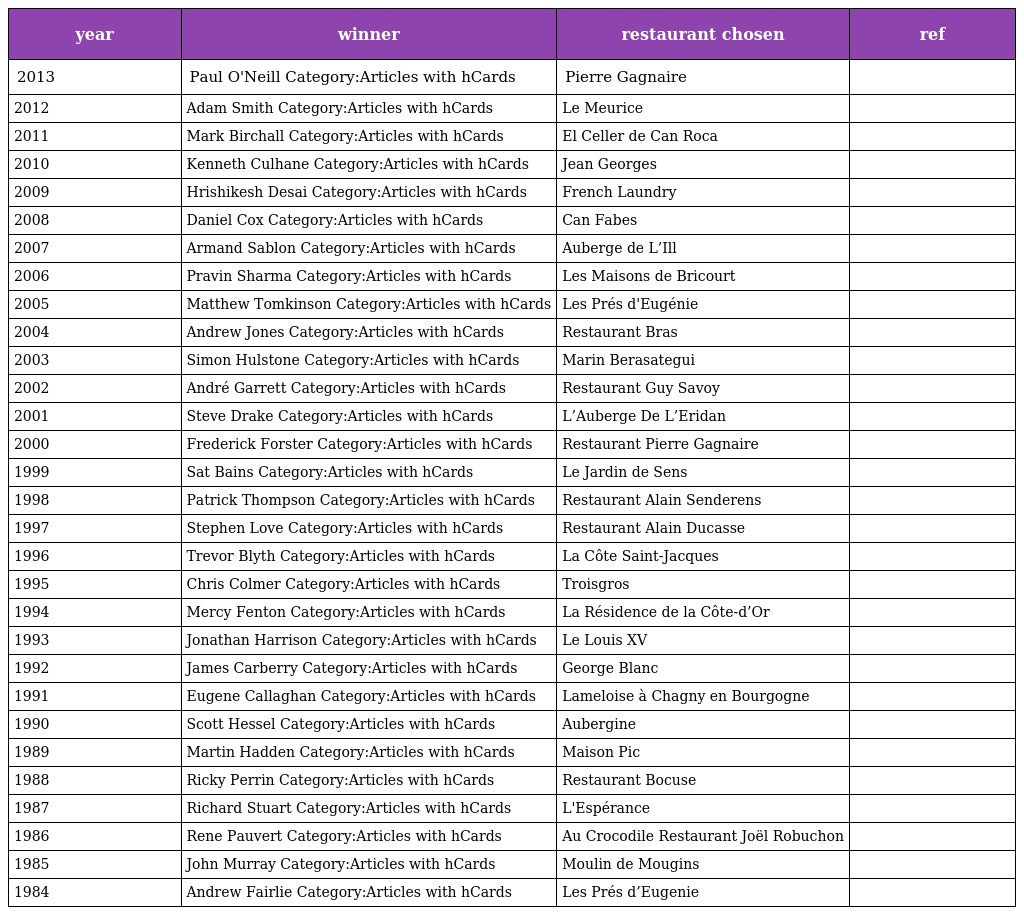
| year | winner | restaurant chosen | ref |
 | --- | --- | --- | --- |
 | 2013 | Paul O'Neill Category:Articles with hCards | Pierre Gagnaire |  |
 | 2012 | Adam Smith Category:Articles with hCards | Le Meurice |  |
 | 2011 | Mark Birchall Category:Articles with hCards | El Celler de Can Roca |  |
 | 2010 | Kenneth Culhane Category:Articles with hCards | Jean Georges |  |
 | 2009 | Hrishikesh Desai Category:Articles with hCards | French Laundry |  |
 | 2008 | Daniel Cox Category:Articles with hCards | Can Fabes |  |
 | 2007 | Armand Sablon Category:Articles with hCards | Auberge de L’Ill |  |
 | 2006 | Pravin Sharma Category:Articles with hCards | Les Maisons de Bricourt |  |
 | 2005 | Matthew Tomkinson Category:Articles with hCards | Les Prés d'Eugénie |  |
 | 2004 | Andrew Jones Category:Articles with hCards | Restaurant Bras |  |
 | 2003 | Simon Hulstone Category:Articles with hCards | Marin Berasategui |  |
 | 2002 | André Garrett Category:Articles with hCards | Restaurant Guy Savoy |  |
 | 2001 | Steve Drake Category:Articles with hCards | L’Auberge De L’Eridan |  |
 | 2000 | Frederick Forster Category:Articles with hCards | Restaurant Pierre Gagnaire |  |
 | 1999 | Sat Bains Category:Articles with hCards | Le Jardin de Sens |  |
 | 1998 | Patrick Thompson Category:Articles with hCards | Restaurant Alain Senderens |  |
 | 1997 | Stephen Love Category:Articles with hCards | Restaurant Alain Ducasse |  |
 | 1996 | Trevor Blyth Category:Articles with hCards | La Côte Saint-Jacques |  |
 | 1995 | Chris Colmer Category:Articles with hCards | Troisgros |  |
 | 1994 | Mercy Fenton Category:Articles with hCards | La Résidence de la Côte-d’Or |  |
 | 1993 | Jonathan Harrison Category:Articles with hCards | Le Louis XV |  |
 | 1992 | James Carberry Category:Articles with hCards | George Blanc |  |
 | 1991 | Eugene Callaghan Category:Articles with hCards | Lameloise à Chagny en Bourgogne |  |
 | 1990 | Scott Hessel Category:Articles with hCards | Aubergine |  |
 | 1989 | Martin Hadden Category:Articles with hCards | Maison Pic |  |
 | 1988 | Ricky Perrin Category:Articles with hCards | Restaurant Bocuse |  |
 | 1987 | Richard Stuart Category:Articles with hCards | L'Espérance |  |
 | 1986 | Rene Pauvert Category:Articles with hCards | Au Crocodile Restaurant Joël Robuchon |  |
 | 1985 | John Murray Category:Articles with hCards | Moulin de Mougins |  |
 | 1984 | Andrew Fairlie Category:Articles with hCards | Les Prés d’Eugenie |  |